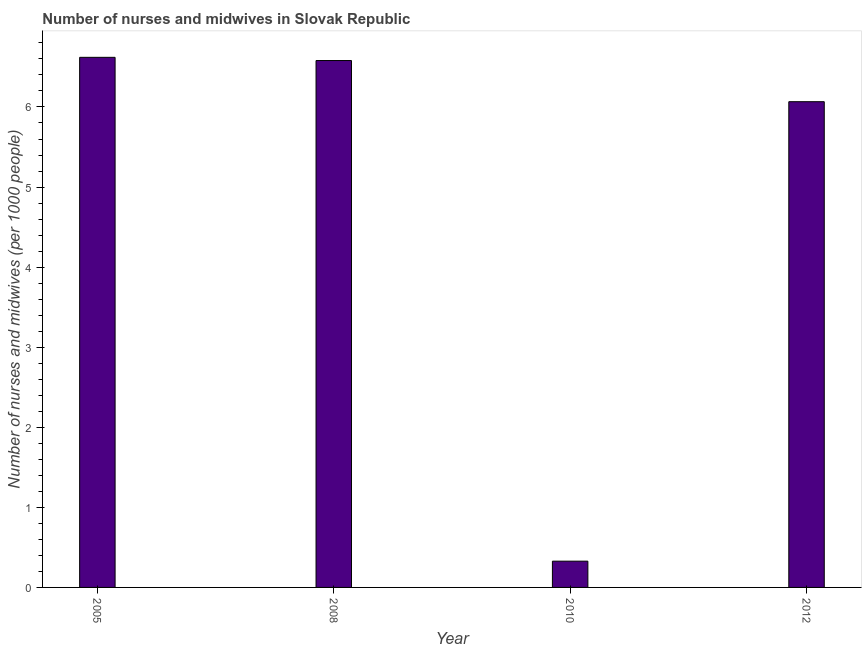
| Year | Nurses and midwives |
 | --- | --- |
 | 2005 | 6.62 |
 | 2008 | 6.58 |
 | 2010 | 0.328 |
 | 2012 | 6.07 |